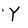
Character: Y